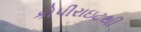
કોપીરાઇટથી